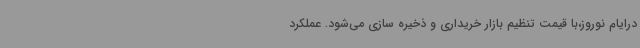
درایام نوروز،با قیمت تنظیم بازار خریداری و ذخیره سازی می‌شود. عملکرد